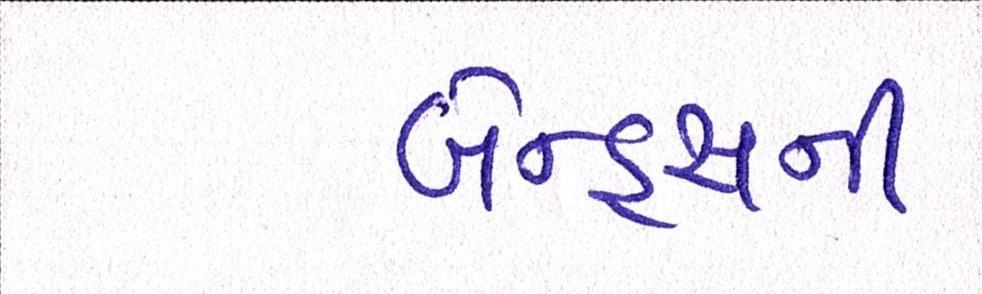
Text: બેન્ડ્સની